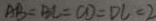
A B = B C = C D = D C = 2